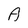
Character: A